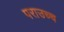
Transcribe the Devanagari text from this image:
पराउच्च